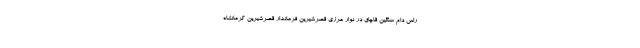
راس دام سنگین قاچاق در نوار مرزی قصرشیرین فرماندار قصرشیرین کرمانشاه